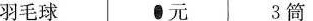
羽毛球 元 3筒